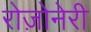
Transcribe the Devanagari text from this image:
रोज़ोनेरी